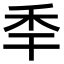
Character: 𥝝